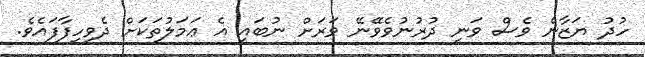
ހުދު ޔަޒާން ވެސް ވަނީ ދުރުނުވެވޭނޭ ވަރަށް ނުބައި އެ ޢަމަލުތަކަށް ދެވިހިފާފައެވެ.